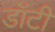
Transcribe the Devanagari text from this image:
डॉटी